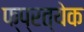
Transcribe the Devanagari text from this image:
फ्प्रत्येक